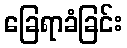
ခြေရာခံခြင်း